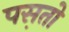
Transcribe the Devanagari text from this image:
पस़तो